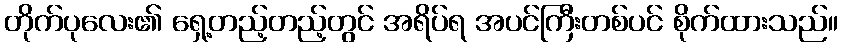
တိုက်ပုလေး၏ ရှေ့တည့်တည့်တွင် အရိပ်ရ အပင်ကြီးတစ်ပင် စိုက်ထားသည်။